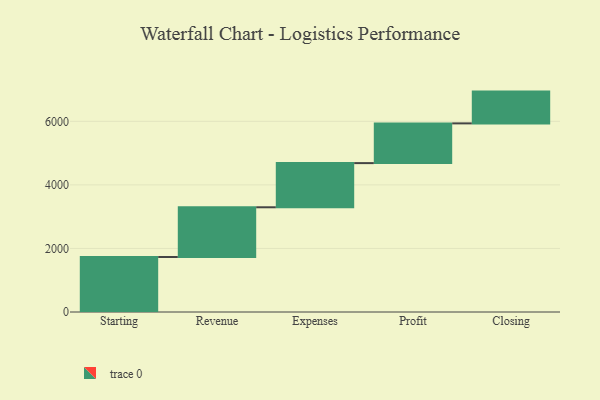
{"axis": {"x": "Step", "y": "Value"}, "legend": [""], "data": [{"x": "Starting", "y": 1730.0, "type": ""}, {"x": "Revenue", "y": 1565.0, "type": ""}, {"x": "Expenses", "y": 1390.0, "type": ""}, {"x": "Profit", "y": 1250.0, "type": ""}, {"x": "Closing", "y": 1000, "type": ""}]}